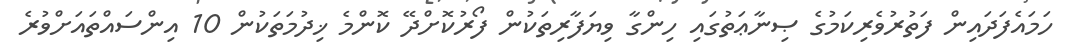
ހަމައެފަދައިން ފަތުރުވެރިކަމުގެ ޞިނާޢަތުގައި ހިންގާ ވިޔަފާރިތަކުން ފޯރުކޮށްދޭ ކޮންމެ ޚިދުމަތަކުން 10 އިންސައްތައަށްވުރެ